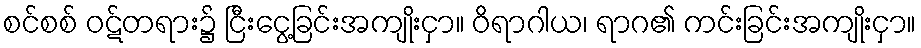
စင်စစ် ဝဋ်တရား၌ ငြီးငွေ့ခြင်းအကျိုးငှာ။ ဝိရာဂါယ၊ ရာဂ၏ ကင်းခြင်းအကျိုးငှာ။